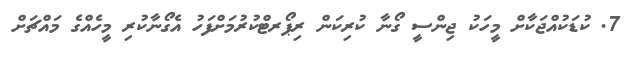
7. ކުޑަކުއްޖަކާށް މީހަކު ޖިންސީ ގޯނާ ކުރިކަން ރިޕޯރޓްކުރުމަށްފަހު އެގޯނާކުރި މީހެއްގެ މައްޗަށް